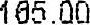
165.00